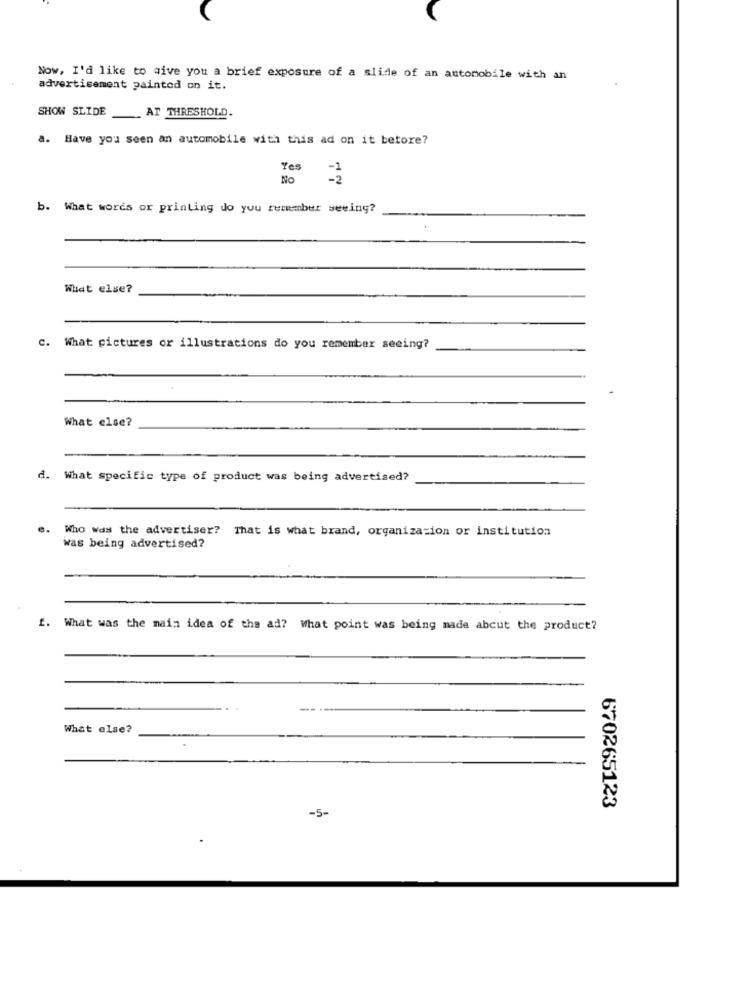
Now, I'd like to give you a brief exposure of a slide of an automobile with an
advertisement painted on it.
SHOW SLIDE
. AT THRESHOLD.
a. Have you seen an automobile with this ad on it betore?
Yes
No
b. What words or printing do you remember seeing?
What else?
c.
What pictures or illustrations do you remember seeing?
What else?
d. What specific type of product was being advertised?
e.
Who was the advertiser? That is what brand, organization or institution
was being advertised?
f.
What was the main idea of the ad? What point was being made abcut the product?
What else?
670265123
-5-